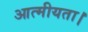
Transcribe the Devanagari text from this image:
आत्मीयता।